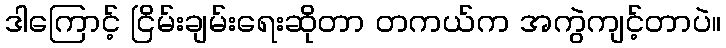
ဒါကြောင့် ငြိမ်းချမ်းရေးဆိုတာ တကယ်က အကွဲကျင့်တာပဲ။